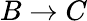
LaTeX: B\rightarrow C